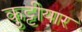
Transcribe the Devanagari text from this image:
कुट्टीयार